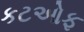
કટઓફ